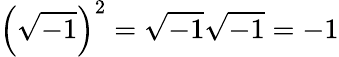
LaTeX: \left({\sqrt{-1}}\right)^{2}={\sqrt{-1}}{\sqrt{-1}}=-1